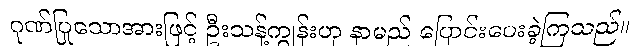
ဂုဏ်ပြုသောအားဖြင့် ဦးသန့်ကျွန်းဟု နာမည် ပြောင်းပေးခဲ့ကြသည်။